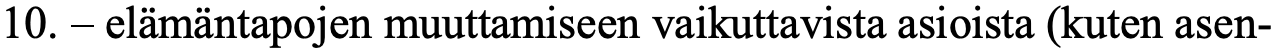
10. – elämäntapojen muuttamiseen vaikuttavista asioista (kuten asen-